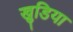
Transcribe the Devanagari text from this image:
खुडिया